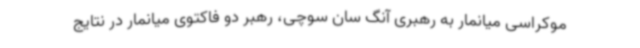
موکراسی میانمار به رهبری آنگ سان سوچی، رهبر دو فاکتوی میانمار در نتایج